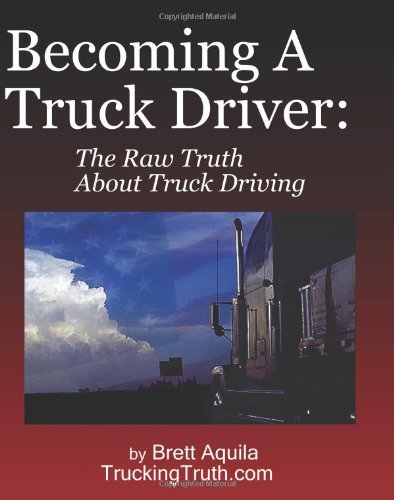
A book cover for Becoming A Truck Driver: The Raw Truth About Truck Driving; Brett Aquila; Test Preparation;